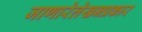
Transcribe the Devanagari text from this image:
जाणारेलेखनप्रकार